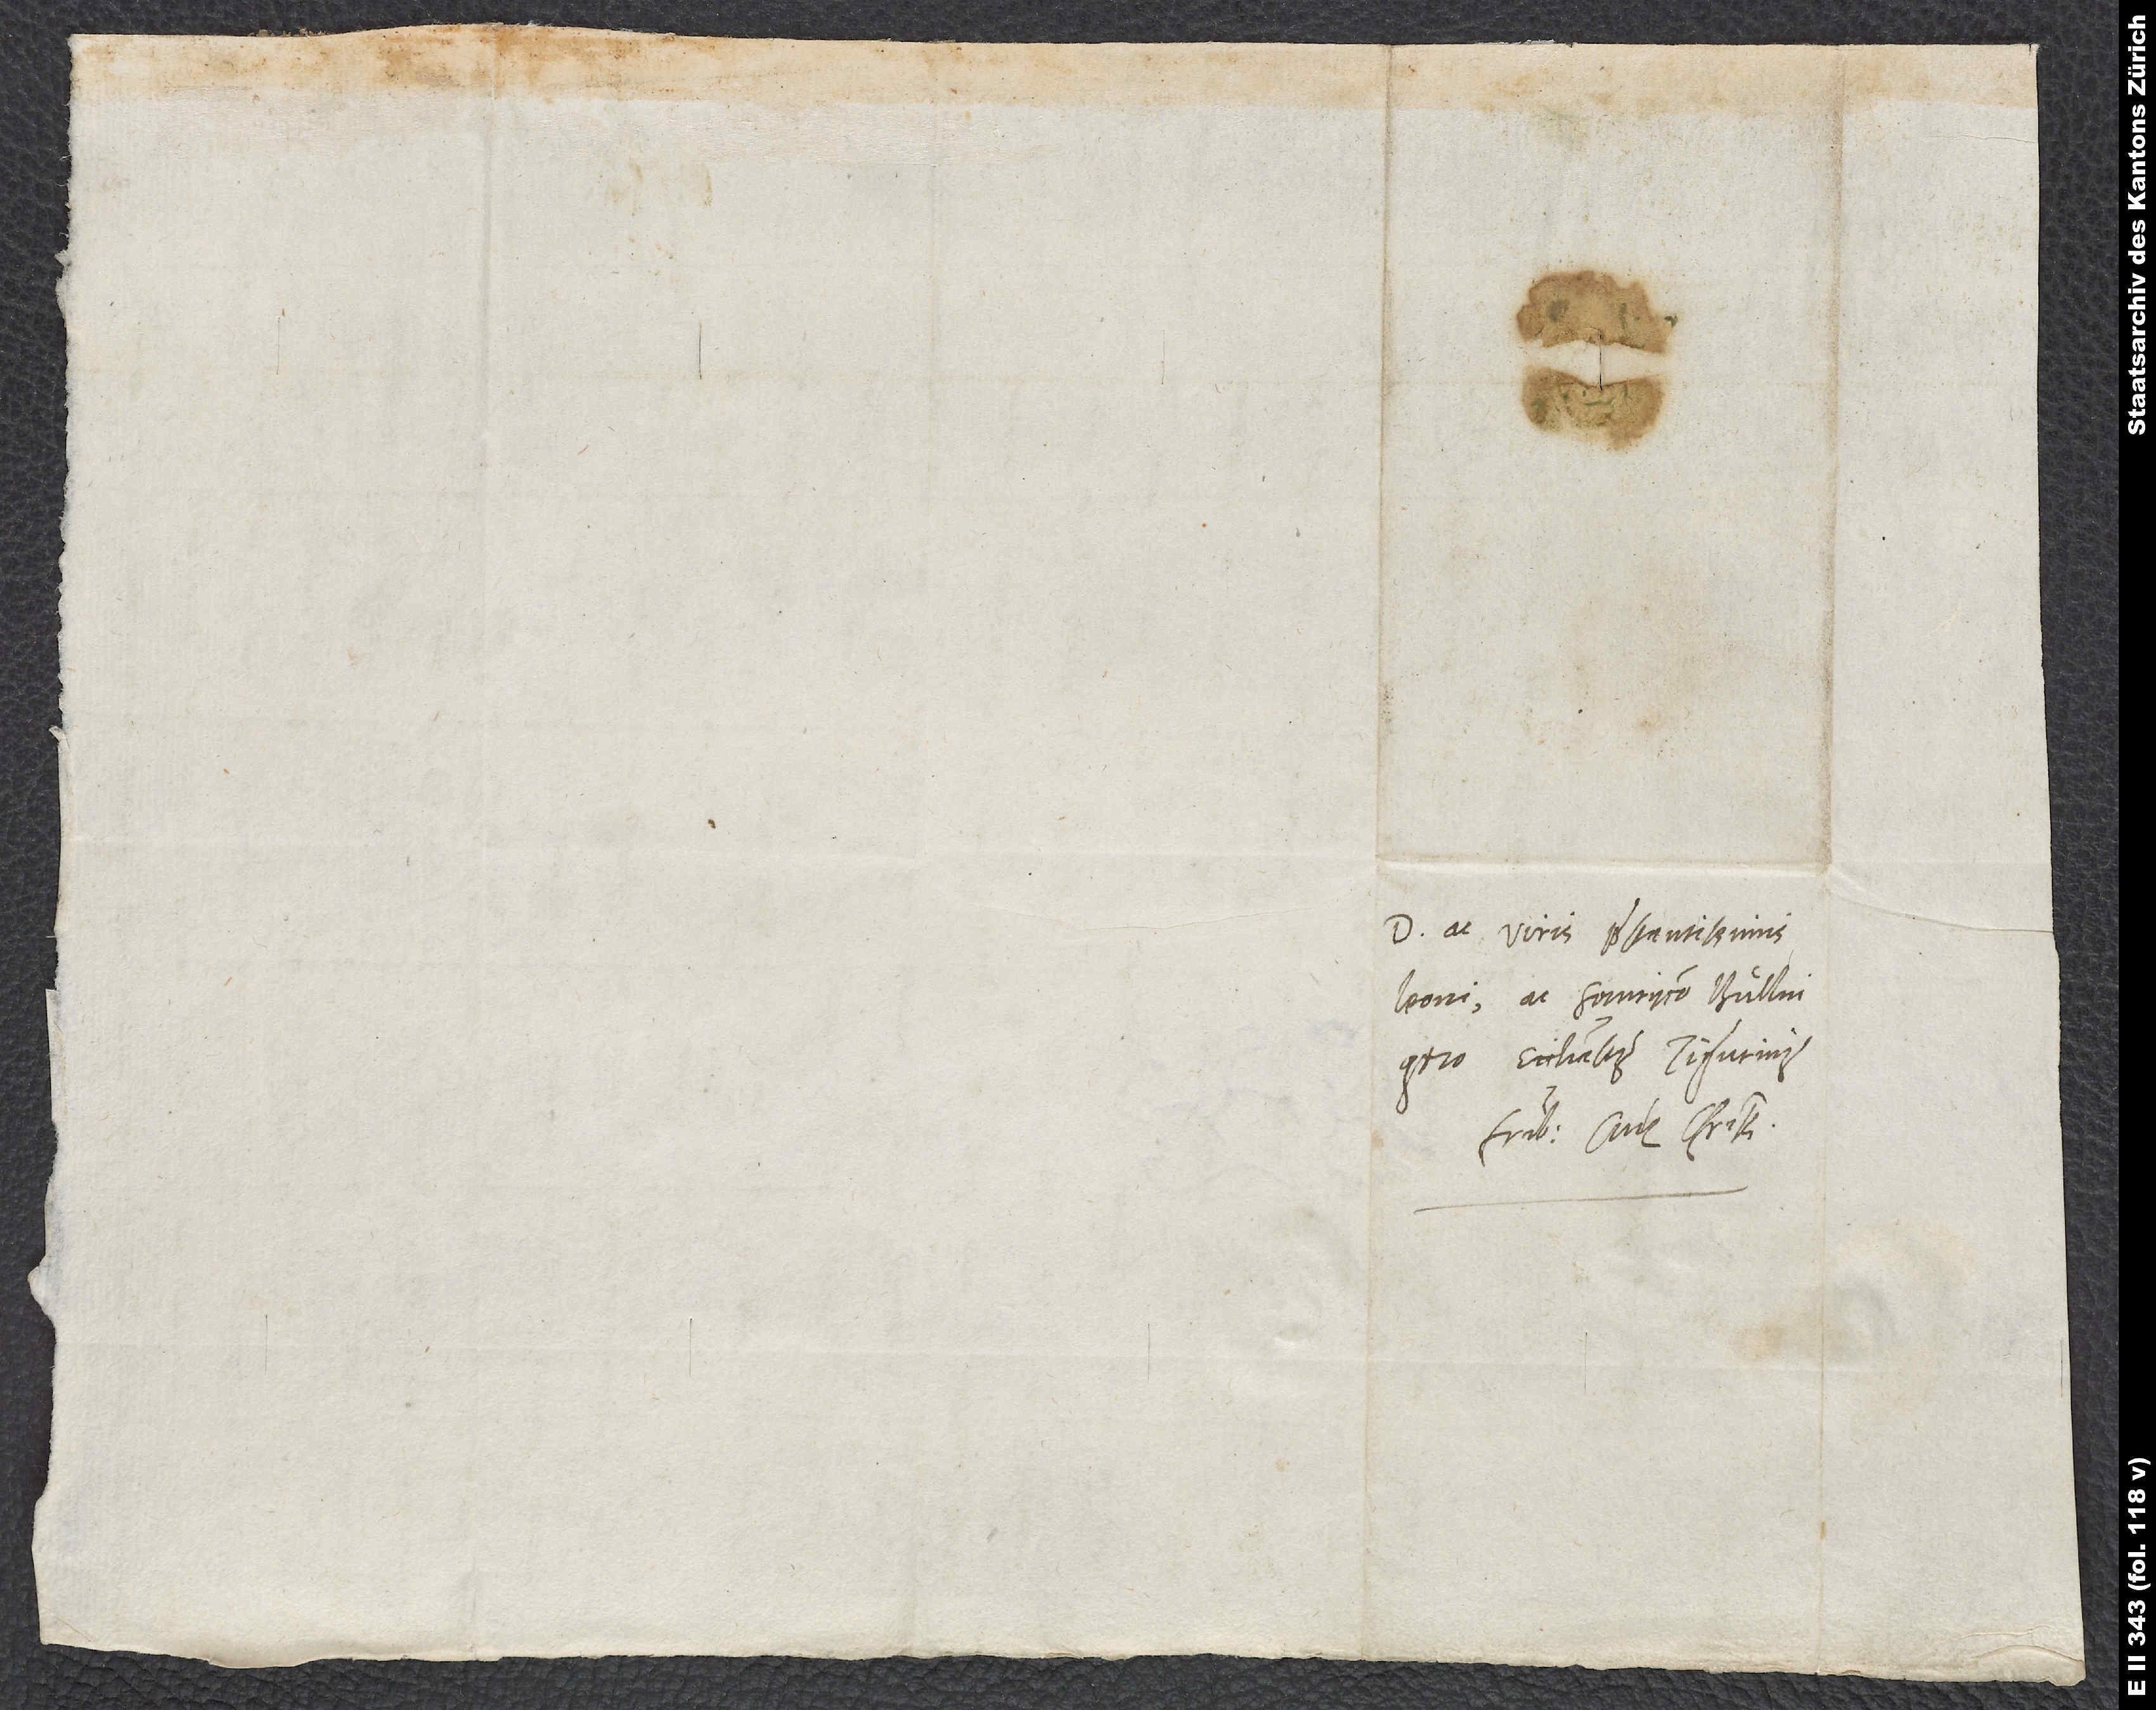
Dominis ac viris praestantissimis
Leoni ac Heinryco Bullingero,
ecclesiastis Tigurinis,
fratribus suis charissimis.